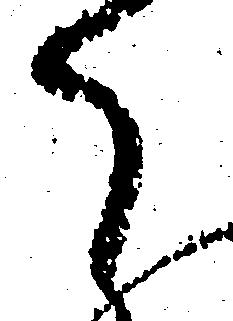
ら